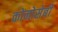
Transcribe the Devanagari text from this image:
कोनोसेबी